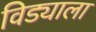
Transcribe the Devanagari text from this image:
विड्याला